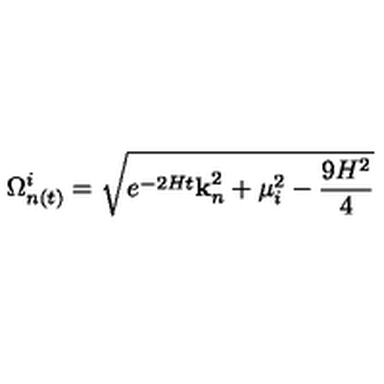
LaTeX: \Omega _ { n ( t ) } ^ { i } = \sqrt { e ^ { - 2 H t } { \bf k } _ { n } ^ { 2 } + \mu _ { i } ^ { 2 } - \frac { 9 H ^ { 2 } } { 4 } }